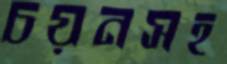
চয়নসহ